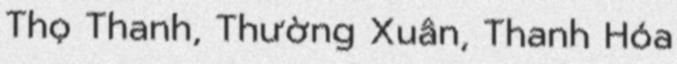
Thọ Thanh, Thường Xuân, Thanh Hóa